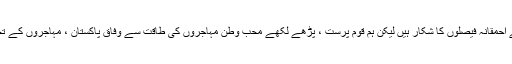
مہاجر تاریخ کے جبر اور نالائق سیاسی قیادت کے احمقانہ فیصلوں کا شکار ہیں لیکن ہم قوم پرست ، پڑھے لکھے محب وطن مہاجروں کی طاقت سے وفاق پاکستان ، مہاجروں کے تحفظ اور پائیدار امن کی تحریک جاری رکھیں گے۔